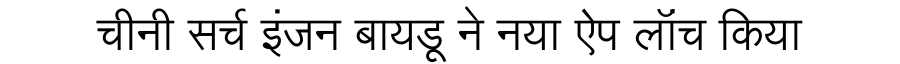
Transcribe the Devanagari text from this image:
चीनी सर्च इंजन बायडू ने नया ऐप लॉंच किया